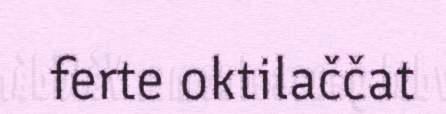
ferte oktilaččat